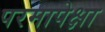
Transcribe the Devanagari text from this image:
परमापेक्षा